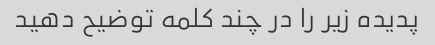
پدیده زیر را در چند کلمه توضیح دهید